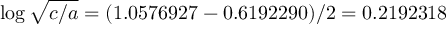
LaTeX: \log { \sqrt { c / a } } = ( 1 . 0 5 7 6 9 2 7 - 0 . 6 1 9 2 2 9 0 ) / 2 = 0 . 2 1 9 2 3 1 8